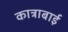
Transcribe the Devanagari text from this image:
कात्राबाई